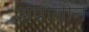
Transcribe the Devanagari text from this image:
अपोलोन